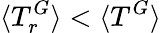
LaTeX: \langle T_{r}^{G}\rangle<\langle T^{G}\rangle